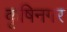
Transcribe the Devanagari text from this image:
कृषिनगर